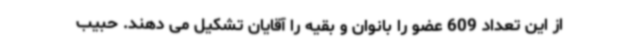
از این تعداد 609 عضو را بانوان و بقیه را آقایان تشکیل می دهند. حبیب